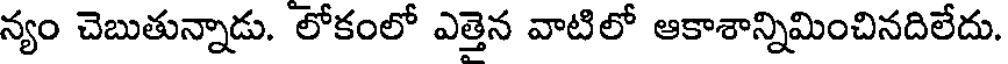
న్యం చెబుతున్నాడు. లోకంలో ఎత్తెన వాటిలో ఆకాశాన్నిమించినదిలేదు.